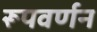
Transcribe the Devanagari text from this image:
रूपवर्णन